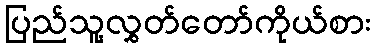
ပြည်သူ့လွှတ်တော်ကိုယ်စား